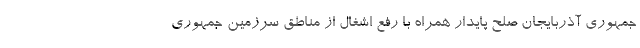
جمهوری آذربایجان صلح پایدار همراه با رفع اشغال از مناطق سرزمین جمهوری